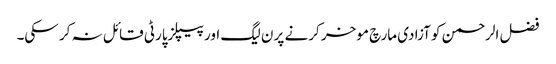
فضل الرحمن کو آزادی مارچ موخر کرنے پر ن لیگ اور پیپلزپارٹی قائل نہ کر سکی۔